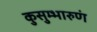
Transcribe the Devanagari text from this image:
कुसुम्भारुणं